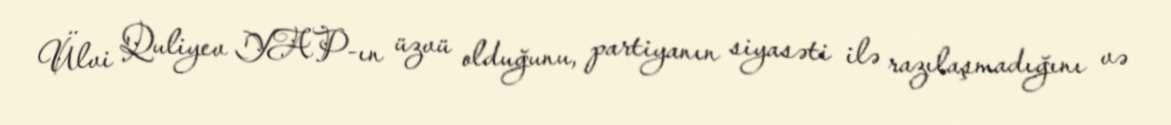
Ülvi Quliyev YAP-ın üzvü olduğunu, partiyanın siyasəti ilə razılaşmadığını və